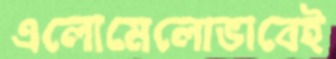
এলোমেলোভাবেই